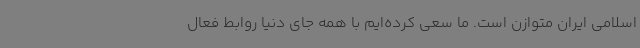
اسلامی ایران متوازن است. ما سعی کرده‌ایم با همه جای دنیا روابط فعال